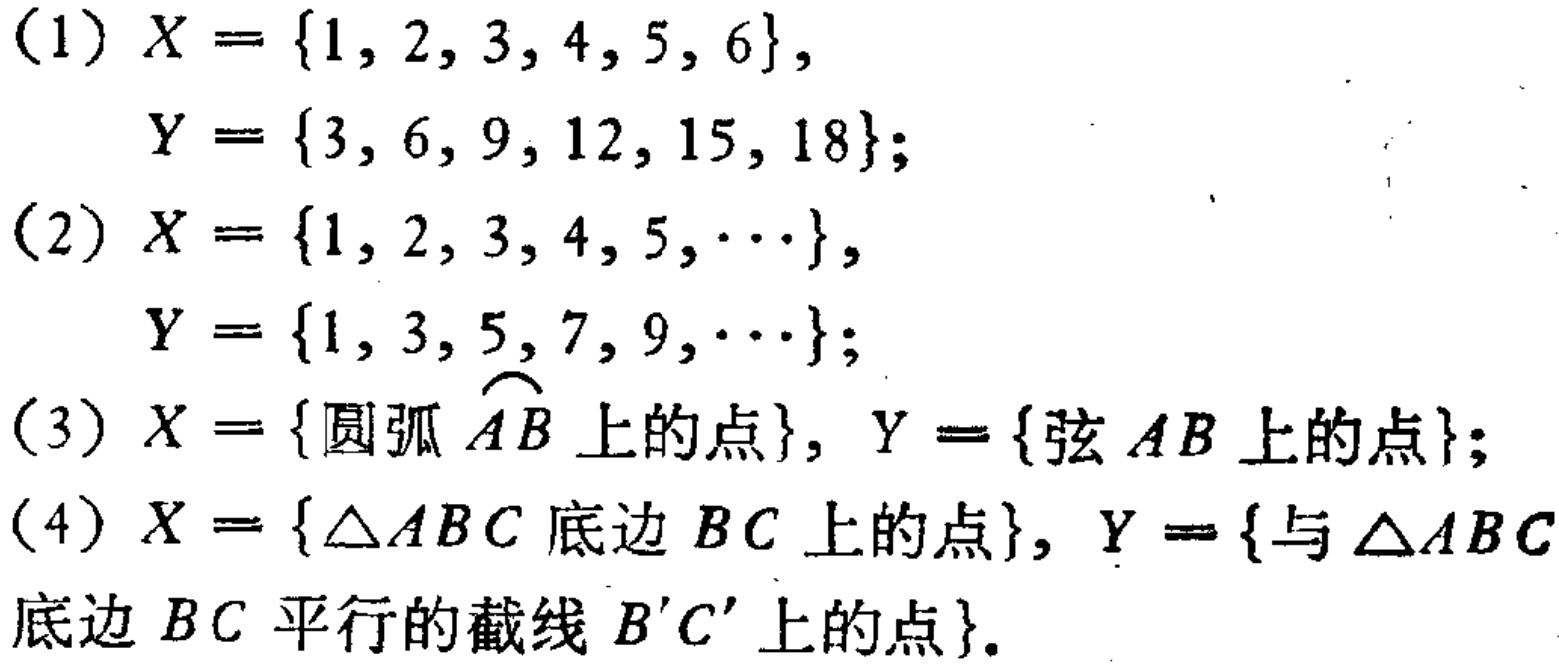
(1) \(X = \{1, 2, 3, 4, 5, 6\}\),

\(Y = \{3, 6, 9, 12, 15, 18\}\);

(2) \(X = \{1, 2, 3, 4, 5, \cdots\}\),

\(Y = \{1, 3, 5, 7, 9, \cdots\}\);

(3) \(X = \{\text{圆弧 }\overset{\frown}{AB}\text{ 上的点}\}, Y = \{\text{弦 }AB\text{ 上的点}\}\);

(4) \(X = \{\triangle ABC\text{ 底边 }BC\text{ 上的点}\}, Y = \{\text{与 }\triangle ABC\)

底边 \(BC\) 平行的截线 \(B'C'\) 上的点\}.